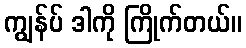
ကျွန်ပ် ဒါကို ကြိုက်တယ်။